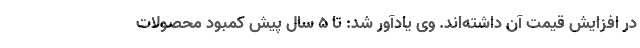
در افزایش قیمت آن داشته‌اند. وی یادآور شد: تا 5 سال پیش کمبود محصولات